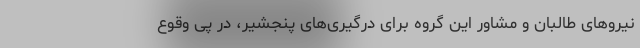
نیروهای طالبان و مشاور این گروه برای درگیری‌های پنجشیر، در پی وقوع